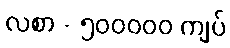
လစာ - ၅၀၀၀၀၀ ကျပ်